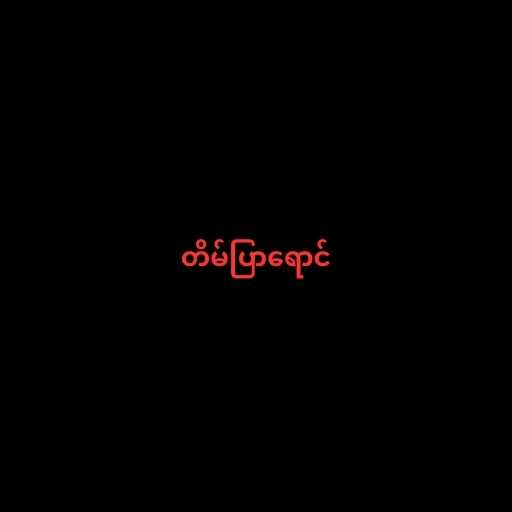
တိမ်ပြာရောင်